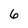
Character: 6